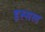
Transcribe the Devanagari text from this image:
इस्सल